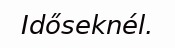
Időseknél.